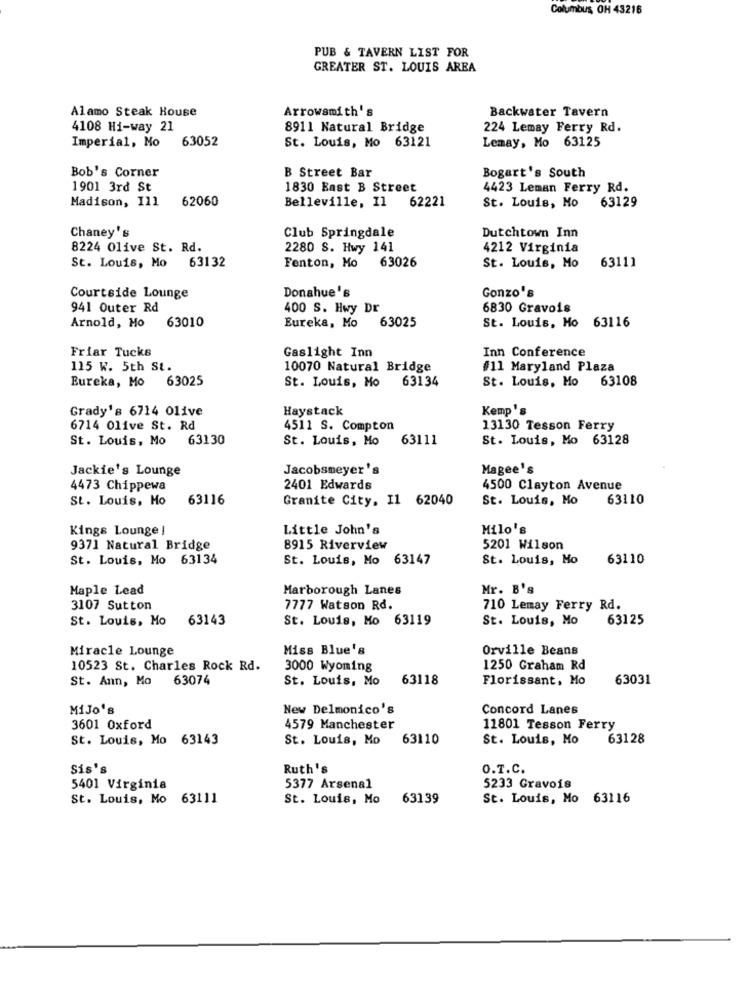
Columbus, OH 43216
PUB & TAVERN LIST FOR
GREATER ST. LOUIS AREA
Alamo Steak House
Arrowsmith's
Backwater Tavern
4108 Hi-way 21
8911 Natural Bridge
224 Lemay Ferry Rd.
Imperial, Mo
63052
St. Louis, Mo 63121
Lemay, Mo 63125
Bob's Corner
B Street Bar
Bogart's South
1901 3rd St
1830 Bast B Street
4423 Leman Ferry Rd.
Madison, 111
62060
Belleville, Il 62221
St. Louis, Mo 63129
Chaney's
Dutchtown Inn
Club Springdale
8224 Olive St. Rd.
2280 S. Hwy 141
4212 Virginia
St. Louis, Mo 63132
63026
63111
Fenton, Mo
St. Louis, Mo
Donahue's
Courtside Lounge
Gonzo's
941 Outer Rd
400 S. Hwy Dr
6830 Gravois
Arnold, Mo
63010
Eureka, Mo
63025
St. Louis, Mo 63116
Friar Tucks
Gaslight Inn
Inn Conference
115 W. 5th St.
10070 Natural Bridge
#11 Maryland Plaza
Eureka, Mo 63025
St. Louis, Mo
63134
St. Louis, Mo 63108
Grady's 6714 Olive
Haystack
Kemp 's
6714 Olive St. Rd
4511 S. Compton
13130 Tesson Ferry
St. Louis, Mo 63130
St. Louis, Mo
63111
St. Louis, Mo 63128
Jackie's Lounge
Jacobsmeyer 's
Magee's
4473 Chippewa
2401 Edwards
4500 Clayton Avenue
St. Louis, Mo
63116
Granite City, I1 62040
St. Louis, Mo
63110
Kings Lounge !
Little John's
Milo's
9371 Natural Bridge
8915 Riverview
5201 Wilson
St. Louis, Mo 63134
St. Louis, Mo 63147
St. Louis, Mo
63110
Maple Lead
Marborough Lanes
Mr. B's
3107 Sutton
7777 Watson Rd.
710 Lemay Ferry Rd.
St. Louis, Mo 63143
St. Louis, Mo 63119
St. Louis, Mo
63125
Miracle Lounge
Miss Blue's
Orville Beans
10523 St. Charles Rock Rd.
3000 Wyoming
1250 Graham Rd
St. Ann, Mo 63074
St. Louis, Mo
63118
Florissant, Mo
63031
MiJo's
New Delmonico's
Concord Lanes
3601 Oxford
4579 Manchester
11801 Tesson Ferry
St. Louis, Mo 63143
St. Louis, Mo
63110
St. Louis, Mo
63128
Sis's
Ruth's
O.T.C.
5401 Virginia
5377 Arsenal
5233 Gravois
St. Louis, Mo 63111
St. Louis, Mo
63139
St. Louis, Mo 63116